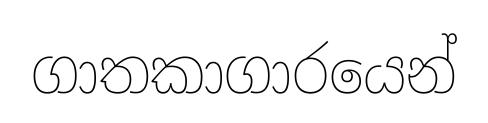
ගාතකාගාරයෙන්